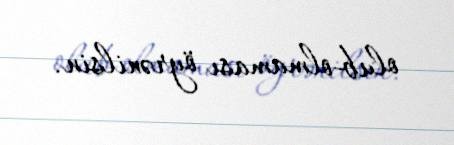
olub-olmaması öyrənilsin.